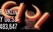
લગ